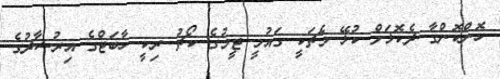
ހޮންކޮންގާ ދެކޮޅަށް ކުޅޭ މެޗަކީ ގައުމީ ޓީމުގެ ކޯޗު ރިކީ ހާބަޓްގެ އިރުޝާދުގެ